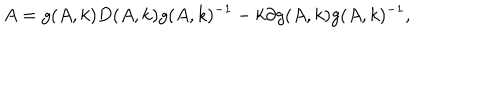
LaTeX: A = g ( A , k ) D ( A , k ) g ( A , k ) ^ { - 1 } - k \partial g ( A , k ) g ( A , k ) ^ { - 1 } ,